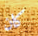
كان